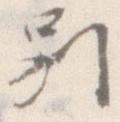
別